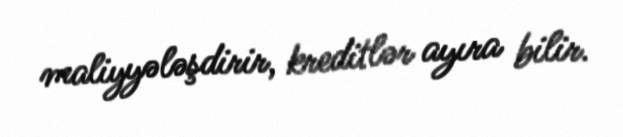
maliyyələşdirir, kreditlər ayıra bilir.